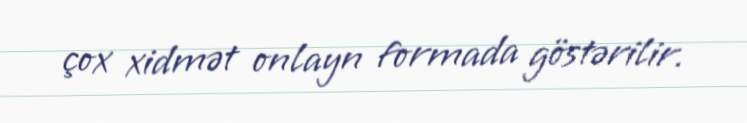
çox xidmət onlayn formada göstərilir.